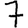
Digit: 7